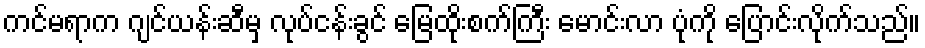
ကင်မရာက ဂျင်ယန်းဆီမှ လုပ်ငန်းခွင် မြေထိုးစက်ကြီး မောင်းလာ ပုံကို ပြောင်းလိုက်သည်။